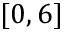
[ 0 , 6 ]